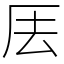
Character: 𠩂